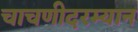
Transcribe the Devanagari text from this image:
चाचणीदरम्यान